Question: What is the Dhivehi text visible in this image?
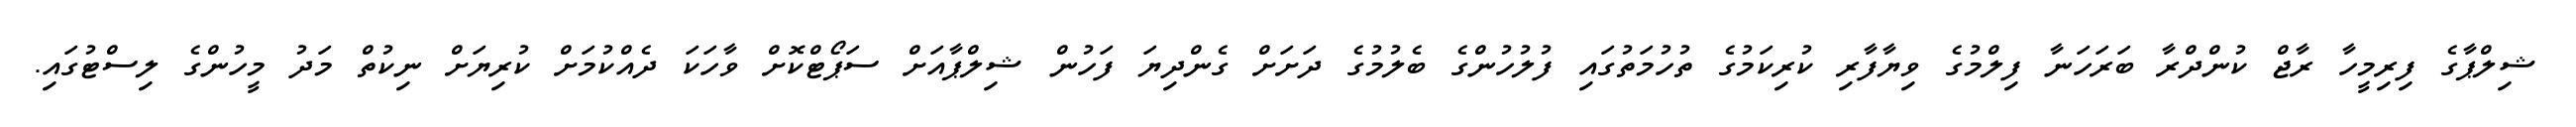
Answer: ޝިލްޕާގެ ފިރިމީހާ ރާޖް ކުންދްރާ ބަރަހަނާ ފިލްމުގެ ވިޔާފާރި ކުރިކަމުގެ ތުހުމަތުގައި ފުލުހުންގެ ބެލުމުގެ ދަށަށް ގެންދިޔަ ފަހުން ޝިލްޕާއަށް ސަޕޯޓްކޮށް ވާހަކަ ދެއްކުމަށް ކުރިޔަށް ނިކުތް މަދު މީހުންގެ ލިސްޓުގައި.